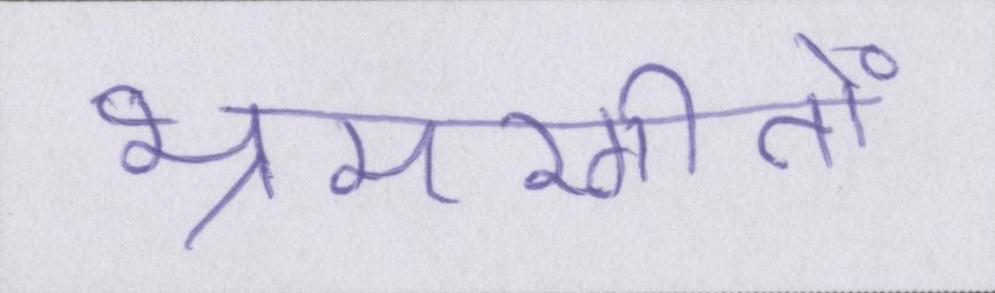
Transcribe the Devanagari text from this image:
भ्रमरगीतों